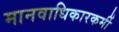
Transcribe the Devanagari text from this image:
मानवाधिकारकर्मी